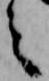
之